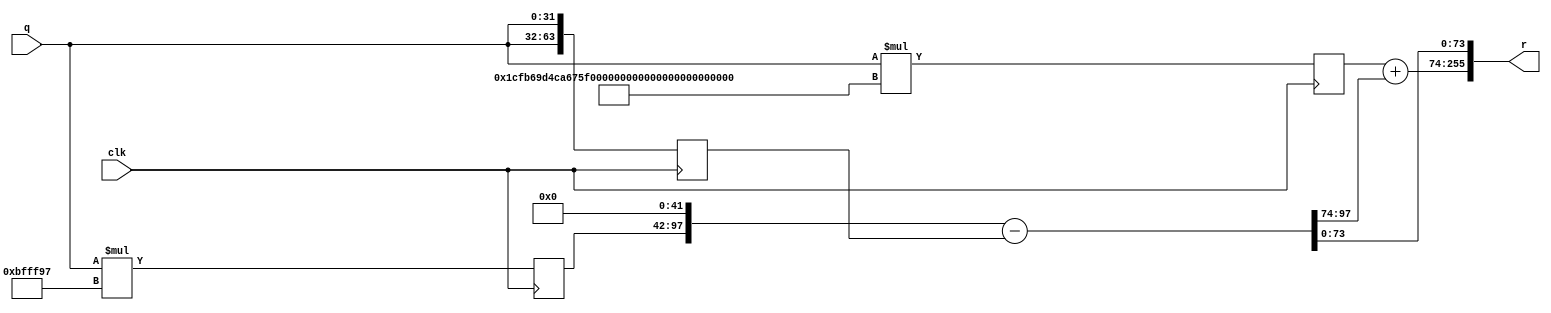
//`timescale 1ns / 1ps
//////////////////////////////////////////////////////////////////////////////////
// Company: 
// Engineer: 
// 
// Design Name: 
// Module Name: xm_32
// Project Name: 
// Target Devices: 
// Tool Versions: 
// Description: 
// 
// Dependencies: 
// 
// Revision:
// Revision 0.01 - File Created
// Additional Comments:
// 
//////////////////////////////////////////////////////////////////////////////////


module xm_32(
    input           clk,
    input   [ 31:0] q,
    output  [255:0] r
    );
    localparam c0 =  24'h bfff97;
    localparam c1 = 149'h 1cfb69d4ca675f520cce76020268760154ef69;
    
    reg  [ 55:0] qxc0;
    wire [180:0] qxc1_w;
    reg  [180:0] qxc1, qxc1_pip1;
    reg  [ 63:0] qq;
    wire [ 97:0] qxc0_shift;
    wire [ 97:0] sub_result;
    wire [181:0] add_result;
    
//    mult_149x32 xm_32_mult_U0 (.clk(clk), .a(c1), .b(q), .p(qxc1_w));
    
    always @ (posedge clk) begin
        qxc0 <= q*c0;
        qxc1 <= q*c1;
//        qxc1_pip1 <= qxc1;
        qq   <= {q,q};
//        sub_result <= qxc0_shift - qq;
//        r <= {add_result,sub_result[0+:74]};
    end
    
//    assign qxc0_shift = qxc0 << 42;
    assign qxc0_shift = {qxc0,{42{1'b0}}};
    assign sub_result = qxc0_shift - qq;
    assign add_result = qxc1 + sub_result[97-:24];
    
    assign r = {add_result,sub_result[0+:74]};
    
endmodule